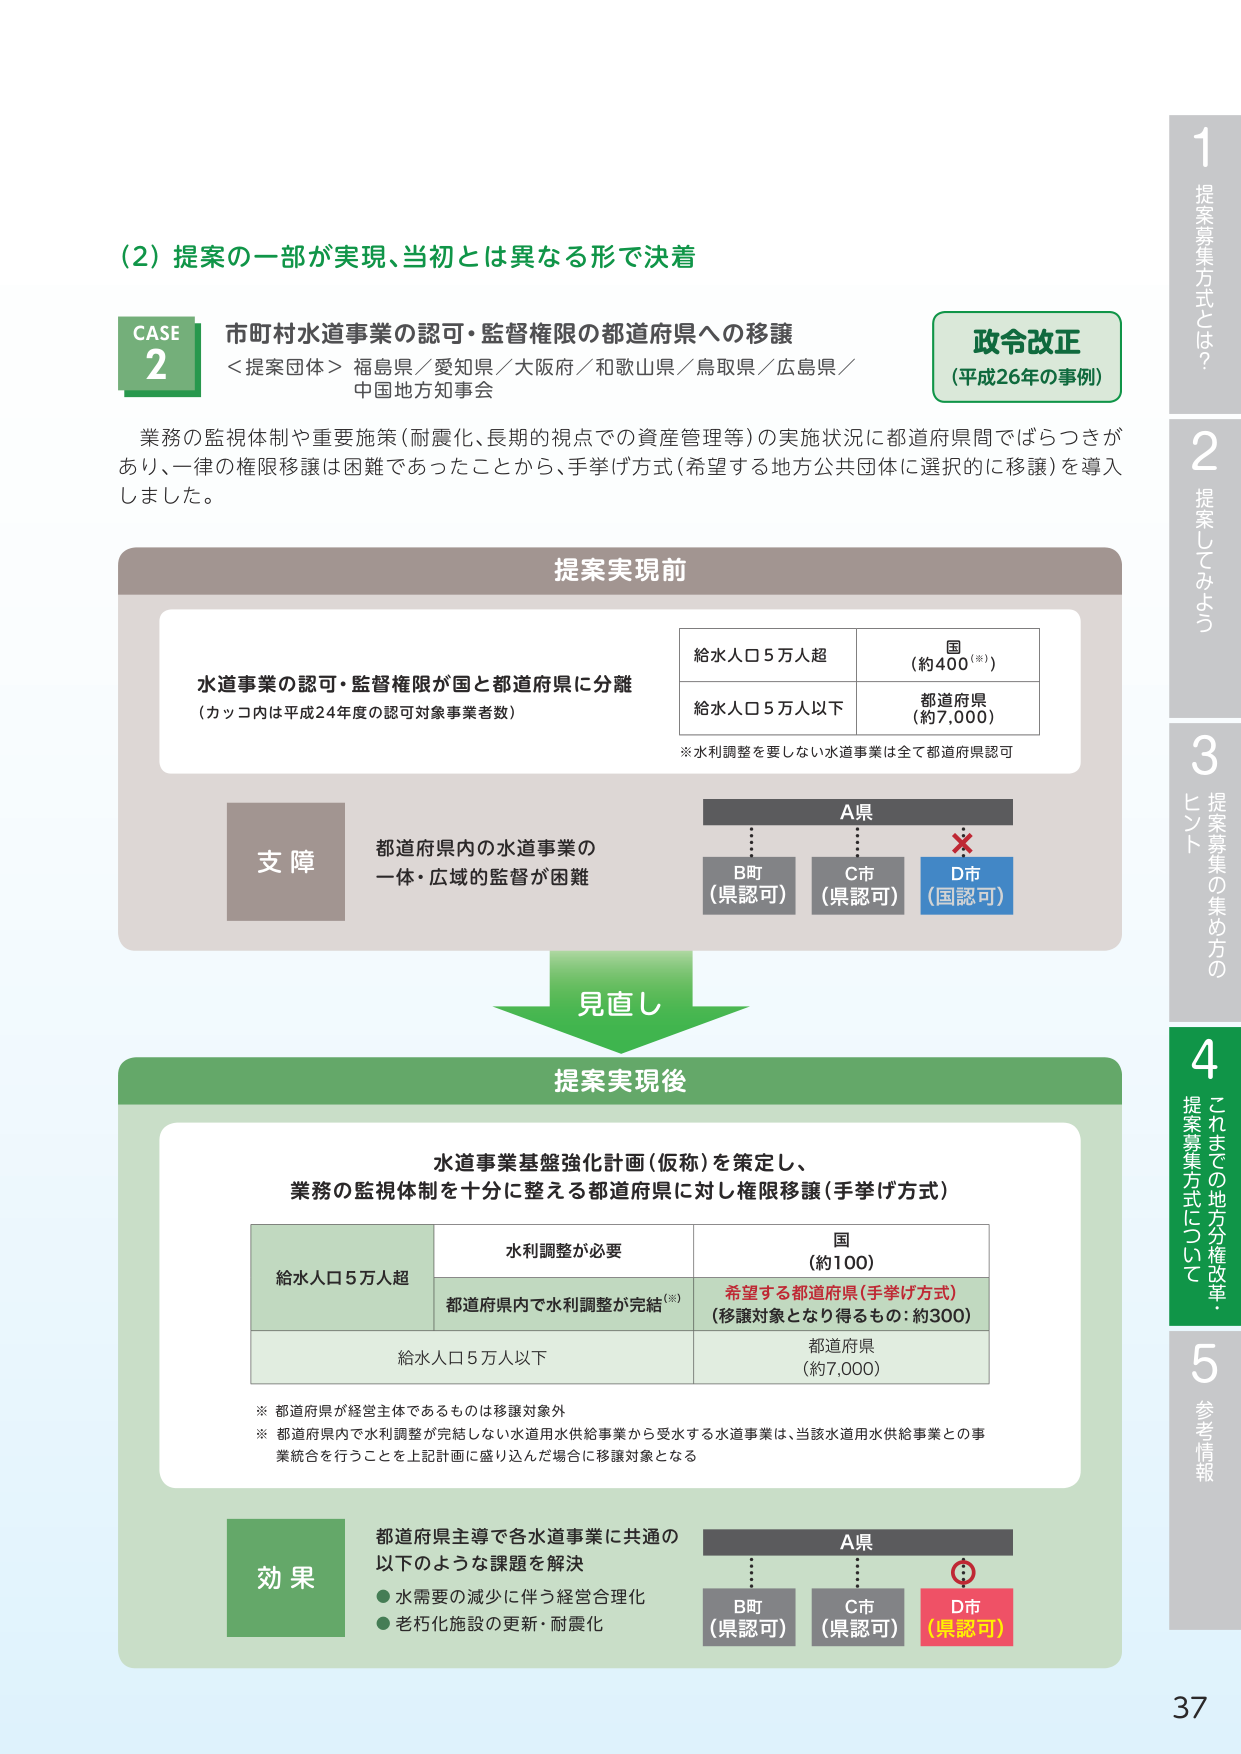
(2) 提案の一部が実現、当初とは異なる形で決着

CASE 2 市町村水道事業の認可・監督権限の都道府県への移譲
＜提案団体＞ 福島県／愛知県／大阪府／和歌山県／鳥取県／広島県／中国地方知事会

業務の監視体制や重要施策（耐震化、長期的視点での資産管理等）の実施状況に都道府県間でばらつきがあり、一律の権限移譲は困難であったことから、手挙げ方式（希望する地方公共団体に選択的に移譲）を導入しました。

提案実現前
水道事業の認可・監督権限が国と都道府県に分離
（カッコ内は平成24年度の認可対象事業者数）

給水人口5万人超　　　　　　　　　国（約400※）
給水人口5万人以下　　　　　　　　都道府県（約7,000）

※水利調整を要しない水道事業は全て都道府県認可

支障
都道府県内の水道事業の一体・広域の監督が困難

A県
B町（県認可）　C市（県認可）　D市（国認可）

見直し

提案実現後
水道事業基盤強化計画（仮称）を策定し、
業務の監視体制を十分に整える都道府県に対し権限移譲（手挙げ方式）

給水人口5万人超
　水利調整が必要　　　　　　　　　国（約100）
　都道府県内で水利調整が完結※　希望する都道府県（手挙げ方式）（移譲対象となり得るもの：約300）

給水人口5万人以下　　　　　　　　都道府県（約7,000）

※都道府県が経営主体であるものは移譲対象外
※都道府県内で水利調整が完結しない水道用水供給事業から受水する水道事業は、当該水道用水供給事業との事業統合を行うことを上記計画に盛り込んだ場合に移譲対象となる

効果
都道府県主導で各水道事業に共通の以下のような課題を解決
・水需要の減少に伴う経営合理化
・老朽化施設の更新・耐震化

A県
B町（県認可）　C市（県認可）　D市（県認可）

政令改正
（平成26年の事例）

1 提案募集方式とは？
2 提案してみよう
3 ヒント 提案募集の集め方の
4 これまでの地方分権改革・提案募集方式について
5 参考情報

37